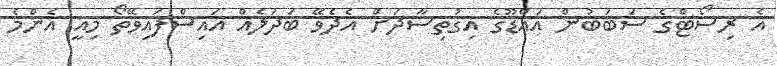
އެ ރިސޯޓްގެ ސަބަބުން އައްޑޫގެ އިގުތިސާދަށް އެދެވޭ ބަދަލެއް އައިސްފައިވޭތޯ މިއީ އެންމެ